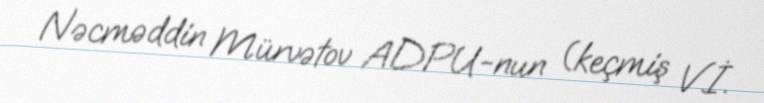
Nəcməddin Mürvətov ADPU-nun (keçmiş V.İ.